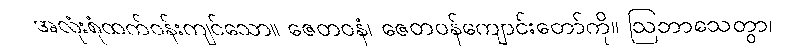
အလုံးစုံထက်ဝန်းကျင်သော။ ဇေတဝနံ၊ ဇေတဝန်ကျောင်းတော်ကို။ ဩဘာသေတွာ၊